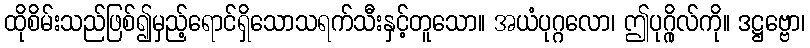
ထိုစိမ်းသည်ဖြစ်၍မှည့်ရောင်ရှိသောသရက်သီးနှင့်တူသော။ အယံပုဂ္ဂလော၊ ဤပုဂ္ဂိုလ်ကို။ ဒဋ္ဌဗ္ဗော၊